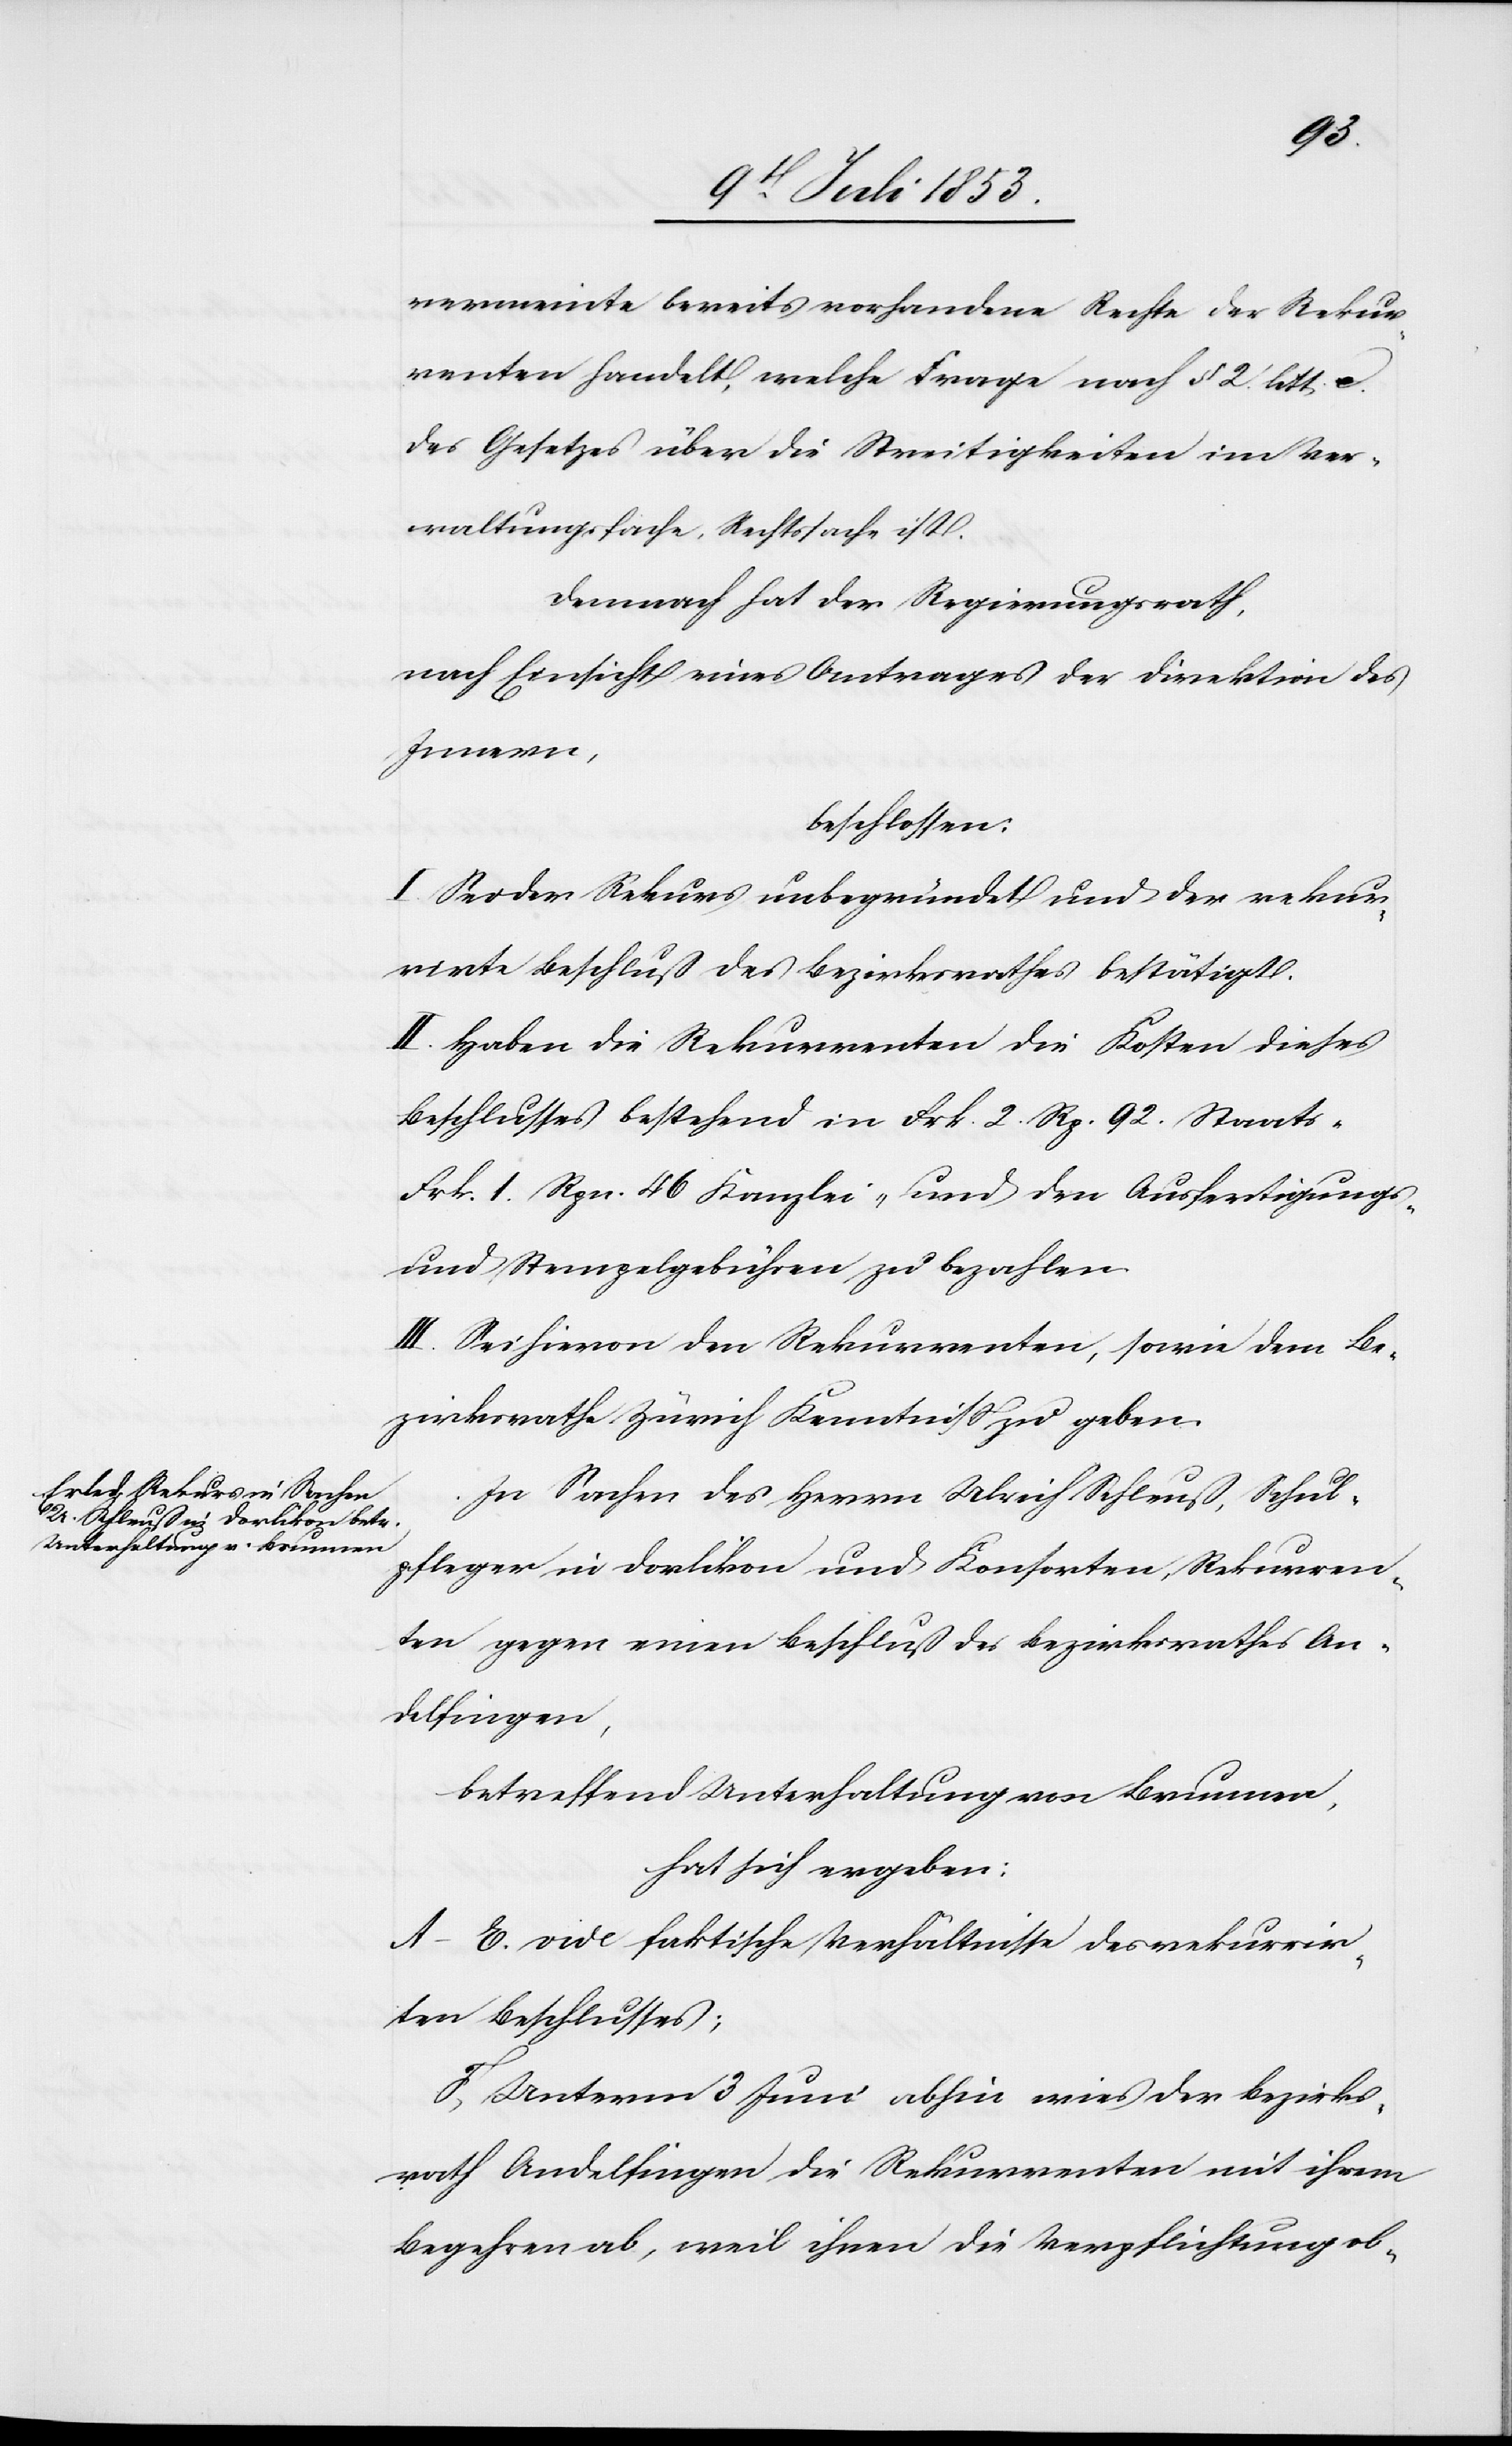
vermeinte bereits vorhandene Rechte der Rekur¬
renten handelt, welche Frage nach § 2 litt. e
des Gesetzes über die Streitigkeiten im Ver¬
waltungsfache, Rechtssache ist.
Demnach hat der Regierungsrath,
nach Einsicht eines Antrages der Direktion des
Innern,
beschlossen:
I. Sei der Rekurs unbegründet und der rekur¬
rirte Beschluß des Bezirksrathes bestätigt.
II. Haben die Rekurrenten die Kosten dieses
Beschlusses bestehend in Frk. 2 Rp. 92 Staats-
Frk. 1 Rpn. 46 Kanzlei- und den Ausfertigungs-
u. Stempelgebühren zu bezahlen.
III. Sei hievon den Rekurrenten, sowie dem Be¬
zirksrathe Zürich Kenntniß zu geben.
In Sachen des Herrn Ulrich Schleuß, Schul¬
pfleger in Dorlikon und Konsorten, Rekurren¬
ten gegen einen Beschluß des Bezirksrathes An¬
delfingen,
betreffend Unterhaltung von Brunnen,
hat sich ergeben:
A–E. vide faktische Verhältnisse des rekurrir¬
ten Beschlusses;
F. Unterm 3 Juni abhin wies der Bezirks¬
rath Andelfingen die Rekurrenten mit ihrem
Begehren ab, weil ihnen die Verpflichtung ob-